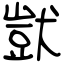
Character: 獃